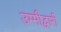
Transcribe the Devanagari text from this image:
उम्मीद्वारी